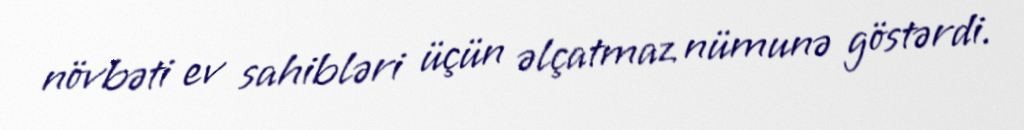
növbəti ev sahibləri üçün əlçatmaz nümunə göstərdi.